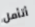
أتأمل